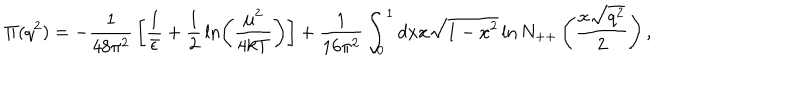
\Pi ( q ^ { 2 } ) = - { \frac { 1 } { 4 8 \pi ^ { 2 } } } \left[ { \frac { 1 } { \bar { \epsilon } } } + { \frac { 1 } { 2 } } \ln \left( { \frac { \mu ^ { 2 } } { 4 k T } } \right) \right] + { \frac { 1 } { 1 6 \pi ^ { 2 } } } \int _ { 0 } ^ { 1 } d x x \sqrt { 1 - x ^ { 2 } } \ln N _ { + + } \left( { \frac { x \sqrt { q ^ { 2 } } } { 2 } } \right) ,